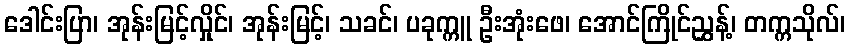
ဒေါင်းပြာ၊ အုန်းမြင့်လှိုင်၊ အုန်းမြင့်၊ သခင်၊ ပခုက္ကူ ဦးအုံးဖေ၊ အောင်ကြိုင်ညွှန့်၊ တက္ကသိုလ်၊